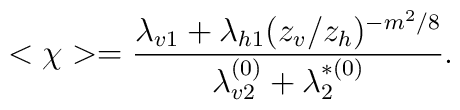
~<\chi> = \frac{\lambda_{v1} + \lambda_{h1}(z_v/z_h)^{-m^2/8}}{\lambda_{v2}^{(0)} + \lambda_2^{*(0)}}.